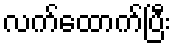
လက်ထောက်ပြီး